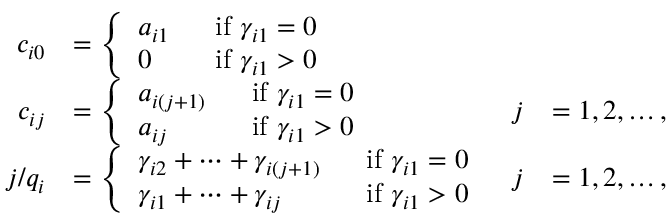
\begin{array} { r l r l } { c _ { i 0 } } & { = \left\{ \begin{array} { l l } { a _ { i 1 } \ \ } & { \mathrm { i f } \ \gamma _ { i 1 } = 0 } \\ { 0 \ \ } & { \mathrm { i f } \ \gamma _ { i 1 } > 0 } \end{array} \right. } \\ { c _ { i j } } & { = \left\{ \begin{array} { l l } { a _ { i ( j + 1 ) } \ \ } & { \mathrm { i f } \ \gamma _ { i 1 } = 0 } \\ { a _ { i j } \ \ } & { \mathrm { i f } \ \gamma _ { i 1 } > 0 } \end{array} \right. } & { j } & { = 1 , 2 , \ldots , } \\ { j / q _ { i } } & { = \left\{ \begin{array} { l l } { \gamma _ { i 2 } + \cdots + \gamma _ { i ( j + 1 ) } \ \ } & { \mathrm { i f } \ \gamma _ { i 1 } = 0 } \\ { \gamma _ { i 1 } + \cdots + \gamma _ { i j } \ \ } & { \mathrm { i f } \ \gamma _ { i 1 } > 0 } \end{array} \right. } & { j } & { = 1 , 2 , \ldots , } \end{array}